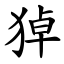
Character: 㹿